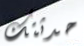
حدثتك